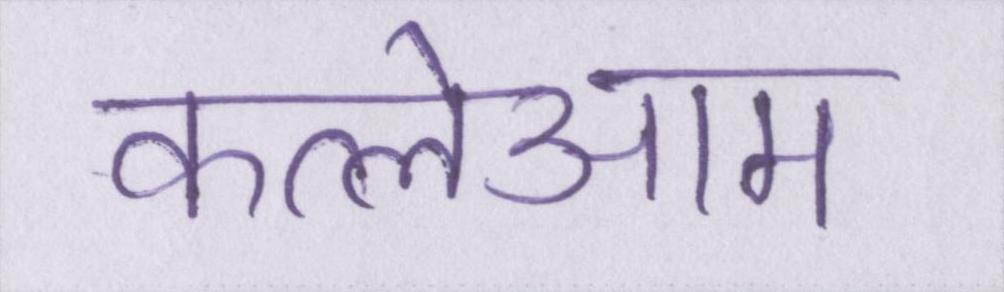
कत्लेआम